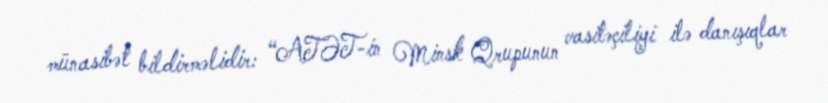
münasibət bildirməlidir: “ATƏT-in Minsk Qrupunun vasitəçiliyi ilə danışıqlar